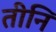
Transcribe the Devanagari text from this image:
तीनि